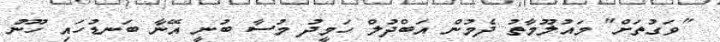
"ވަގުތަށް" މައުލޫމާތު ދެމުން އަބްދުލް ހަމީދު މުސާ ބުނީ އޭނާ ބަނޑުހައި ހޫނު